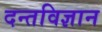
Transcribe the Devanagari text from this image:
दन्तविज्ञान